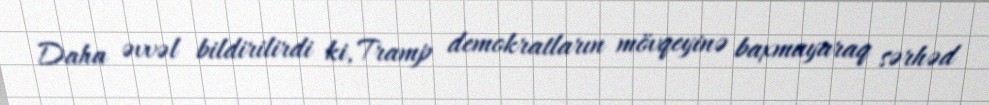
Daha əvvəl bildirilirdi ki, Tramp demokratların mövqeyinə baxmayaraq sərhəd